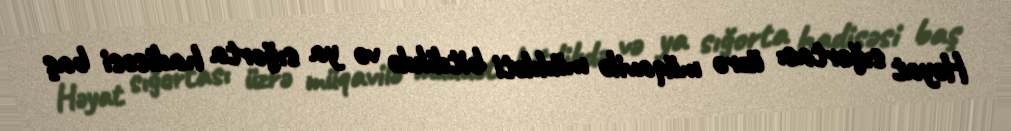
Həyat sığortası üzrə müqavilə müddəti bitdikdə və ya sığorta hadisəsi baş